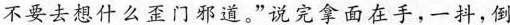
不要去想什么歪门邪道。”说完拿面在手，一抖，倒